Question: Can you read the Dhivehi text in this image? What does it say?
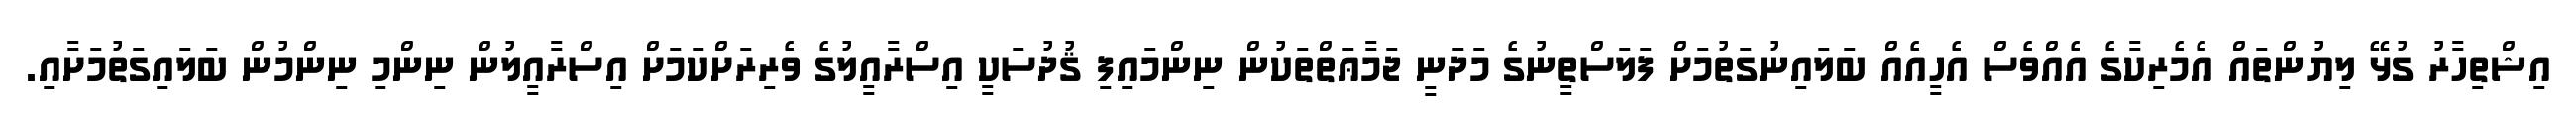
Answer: އިޝްތިހާރު ގުޅޭ ލިޔުންތައް އެމެރިކާގެ އެއްވެސް އެހީއެއް ބަލައިނުގަތުމަށް ފަލަސްތީނުގެ މަދަނީ ޖަމާޢަތްތަކުން ނިންމައިފި ޤުދުސަކީ އިސްރާއީލުގެ ވެރިރަށްކަމަށް އިސްރާއީލުން ނިންމި ނިންމުން ބަލައިގަތުމަށާއި.